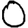
Digit: 0